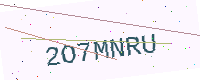
Text: 2O7MNRU